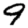
Digit: 9